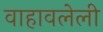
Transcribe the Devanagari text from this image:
वाहावलेली